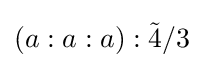
\left(a:a:a\right):{\tilde {4}}/3